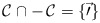
\begin{align*}\cal C \cap -\, \cal C = \{\vec 0\}\end{align*}